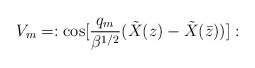
\begin{align*}V_m = : {\rm cos} [{q_m \over \beta^{1/2}}({\tilde X}(z) - {\tilde X}({\bar z}))]:\end{align*}